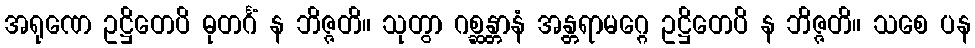
အရုဏေ ဥဋ္ဌိတေပိ ဓုတင်္ဂံ န ဘိဇ္ဇတိ။ သုတွာ ဂစ္ဆန္တာနံ အန္တရာမဂ္ဂေ ဥဋ္ဌိတေပိ န ဘိဇ္ဇတိ။ သစေ ပန